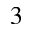
^ { 3 }